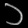
Digit: ၁